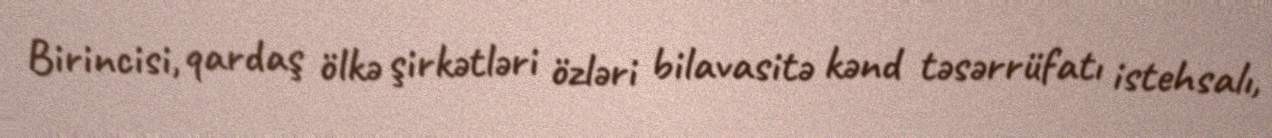
Birincisi, qardaş ölkə şirkətləri özləri bilavasitə kənd təsərrüfatı istehsalı,